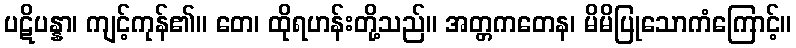
ပဋိပန္နာ၊ ကျင့်ကုန်၏။ တေ၊ ထိုရဟန်းတို့သည်။ အတ္တကတေန၊ မိမိပြုသောကံကြောင့်။